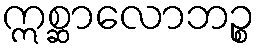
ဣစ္ဆာလောဘဉ္စ